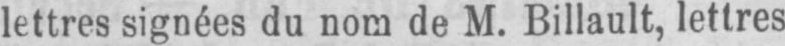
lettres signées du nom de M. Billault, lettres